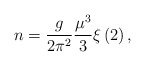
\begin{align*}n=\frac{g}{2\pi ^{2}}\frac{\mu ^{3}}{3}\xi \left( 2\right) ,\end{align*}